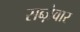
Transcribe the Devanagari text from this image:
सब्ज़ेवार